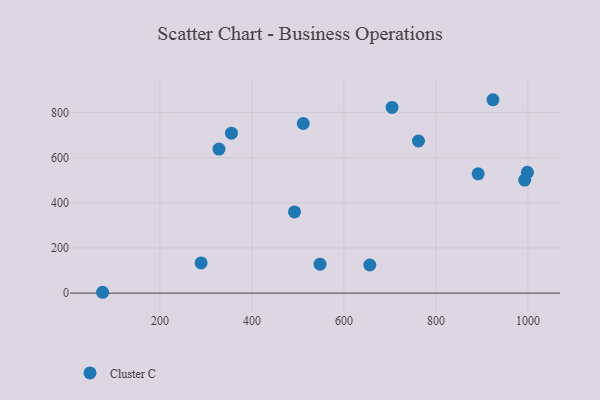
{"axis": {"x": "Price", "y": "Exam Score"}, "legend": ["Cluster C"], "data": [{"x": "511.5", "y": 751.0, "type": "Cluster C"}, {"x": "998.7", "y": 534.9, "type": "Cluster C"}, {"x": "492.5", "y": 359.6, "type": "Cluster C"}, {"x": "923.9", "y": 856.3, "type": "Cluster C"}, {"x": "762.0", "y": 673.5, "type": "Cluster C"}, {"x": "289.5", "y": 133.5, "type": "Cluster C"}, {"x": "891.7", "y": 528.3, "type": "Cluster C"}, {"x": "328.3", "y": 637.9, "type": "Cluster C"}, {"x": "704.5", "y": 822.2, "type": "Cluster C"}, {"x": "75.4", "y": 3.7, "type": "Cluster C"}, {"x": "355.4", "y": 708.3, "type": "Cluster C"}, {"x": "992.9", "y": 500.3, "type": "Cluster C"}, {"x": "548.0", "y": 128.3, "type": "Cluster C"}, {"x": "656.2", "y": 124.4, "type": "Cluster C"}]}